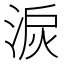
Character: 𱦾